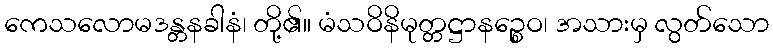
ကေသလောမဒန္တနခါနံ၊ တို့၏။ မံသဝိနိမုတ္တဋ္ဌာနဉ္စေဝ၊ အသားမှ လွတ်သော